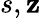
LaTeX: s,\mathbf{z}